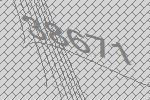
38671